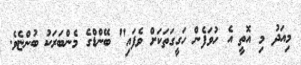
މިއަދު މި އޮތީ އެ ހުވަފެން ހަގީގަތަކަށް ވެފައި" ބޭންޑްގެ މެންބަރަކު ބުންޏެވެ.